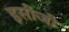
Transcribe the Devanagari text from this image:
इसीजी